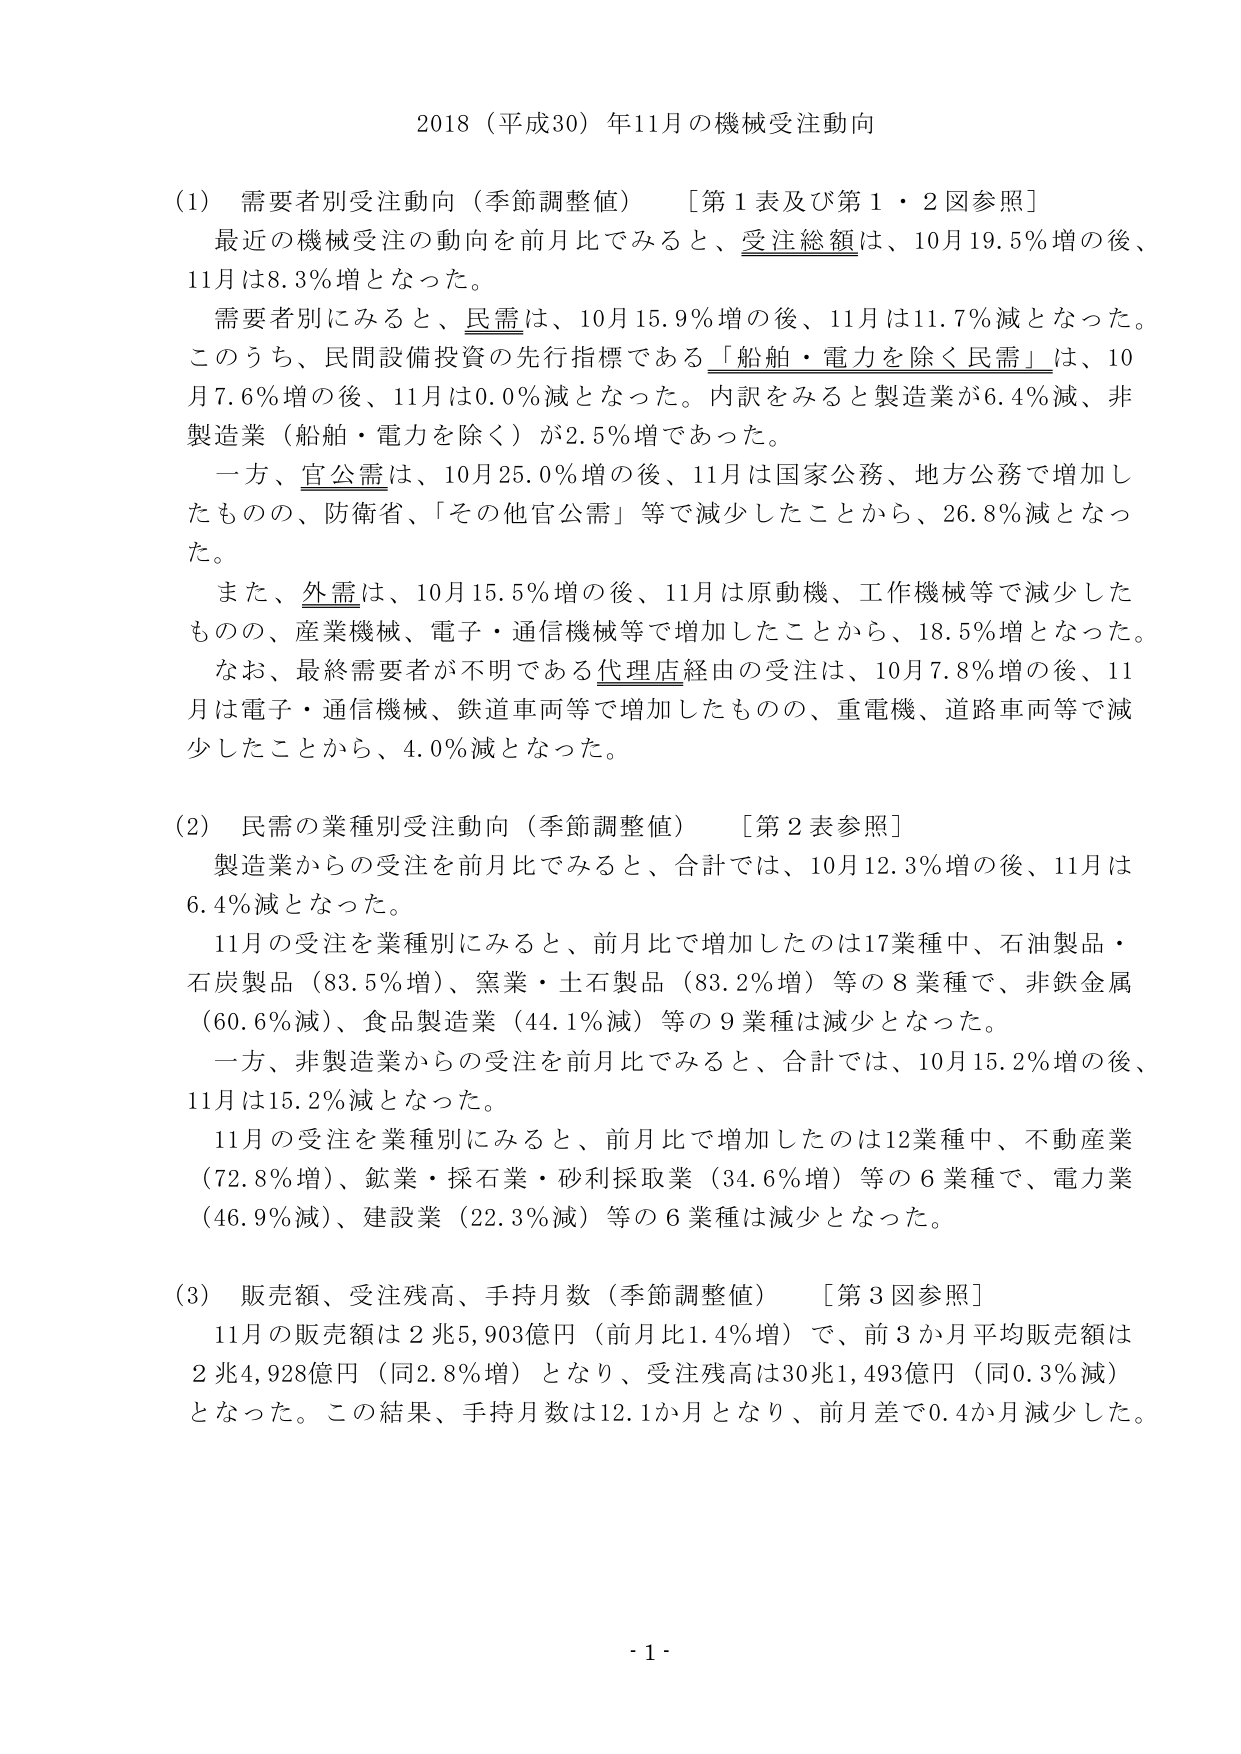
2018（平成30）年11月の機械受注動向

(1) 需要者別受注動向（季節調整値）　［第1表及び第1・2図参照］
最近の機械受注の動向を前月比でみると、受注総額は、10月19.5％増の後、11月は8.3％増となった。
需要者別にみると、民需は、10月15.9％増の後、11月は11.7％減となった。
このうち、民間設備投資の先行指標である「船舶・電力を除く民需」は、10月7.6％増の後、11月は0.0％減となった。内訳をみると製造業が6.4％減、非製造業（船舶・電力を除く）が2.5％増であった。
一方、官公需は、10月25.0％増の後、11月は国家公務、地方公務で増加したものの、防衛省、「その他官公需」等で減少したことから、26.8％減となった。
また、外需は、10月15.5％増の後、11月は原動機、工作機械等で減少したものの、産業機械、電子・通信機械等で増加したことから、18.5％増となった。
なお、最終需要者が不明である代理店経由の受注は、10月7.8％増の後、11月は電子・通信機械、鉄道車両等で増加したものの、重電機、道路車両等で減少したことから、4.0％減となった。

(2) 民需の業種別受注動向（季節調整値）　［第2表参照］
製造業からの受注を前月比でみると、合計では、10月12.3％増の後、11月は6.4％減となった。
11月の受注を業種別にみると、前月比で増加したのは17業種中、石油製品・石炭製品（83.5％増）、窯業・土石製品（83.2％増）等の8業種で、非鉄金属（60.6％減）、食品製造業（44.1％減）等の9業種は減少となった。
一方、非製造業からの受注を前月比でみると、合計では、10月15.2％増の後、11月は15.2％減となった。
11月の受注を業種別にみると、前月比で増加したのは12業種中、不動産業（72.8％増）、鉱業・採石業・砂利採取業（34.6％増）等の6業種で、電力業（46.9％減）、建設業（22.3％減）等の6業種は減少となった。

(3) 販売額、受注残高、手持月数（季節調整値）　［第3図参照］
11月の販売額は2兆5,903億円（前月比1.4％増）で、前3か月平均販売額は2兆4,928億円（同2.8％増）となり、受注残高は30兆1,493億円（同0.3％減）となった。この結果、手持月数は12.1か月となり、前月差で0.4か月減少した。

- 1 -